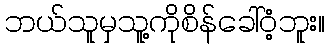
ဘယ်သူမှသူ့ကိုစိန်ခေါ်ဝံ့ဘူး။